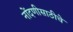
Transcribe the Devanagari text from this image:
नोंदणीसाठीचे